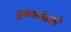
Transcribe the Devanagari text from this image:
पुरुषमंडळी